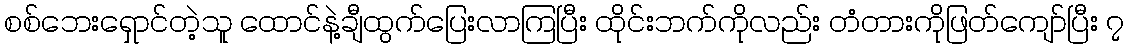
စစ်ဘေးရှောင်တဲ့သူ ထောင်နဲ့ချီထွက်ပြေးလာကြပြီး ထိုင်းဘက်ကိုလည်း တံတားကိုဖြတ်ကျော်ပြီး ၇